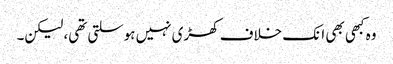
وہ کبھی بھی انک خلاف کھڑی نہیں ہوسلتی تھی، لیکن۔